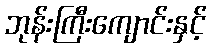
ဘုန်းကြီးကျောင်းနှင့်